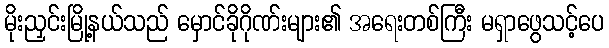
မိုးညှင်းမြို့နယ်သည် မှောင်ခိုဂိုဏ်းများ၏ အရေးတစ်ကြီး မရှာဖွေသင့်ပေ